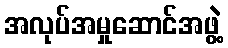
အလုပ်အမှုဆောင်အဖွဲ့